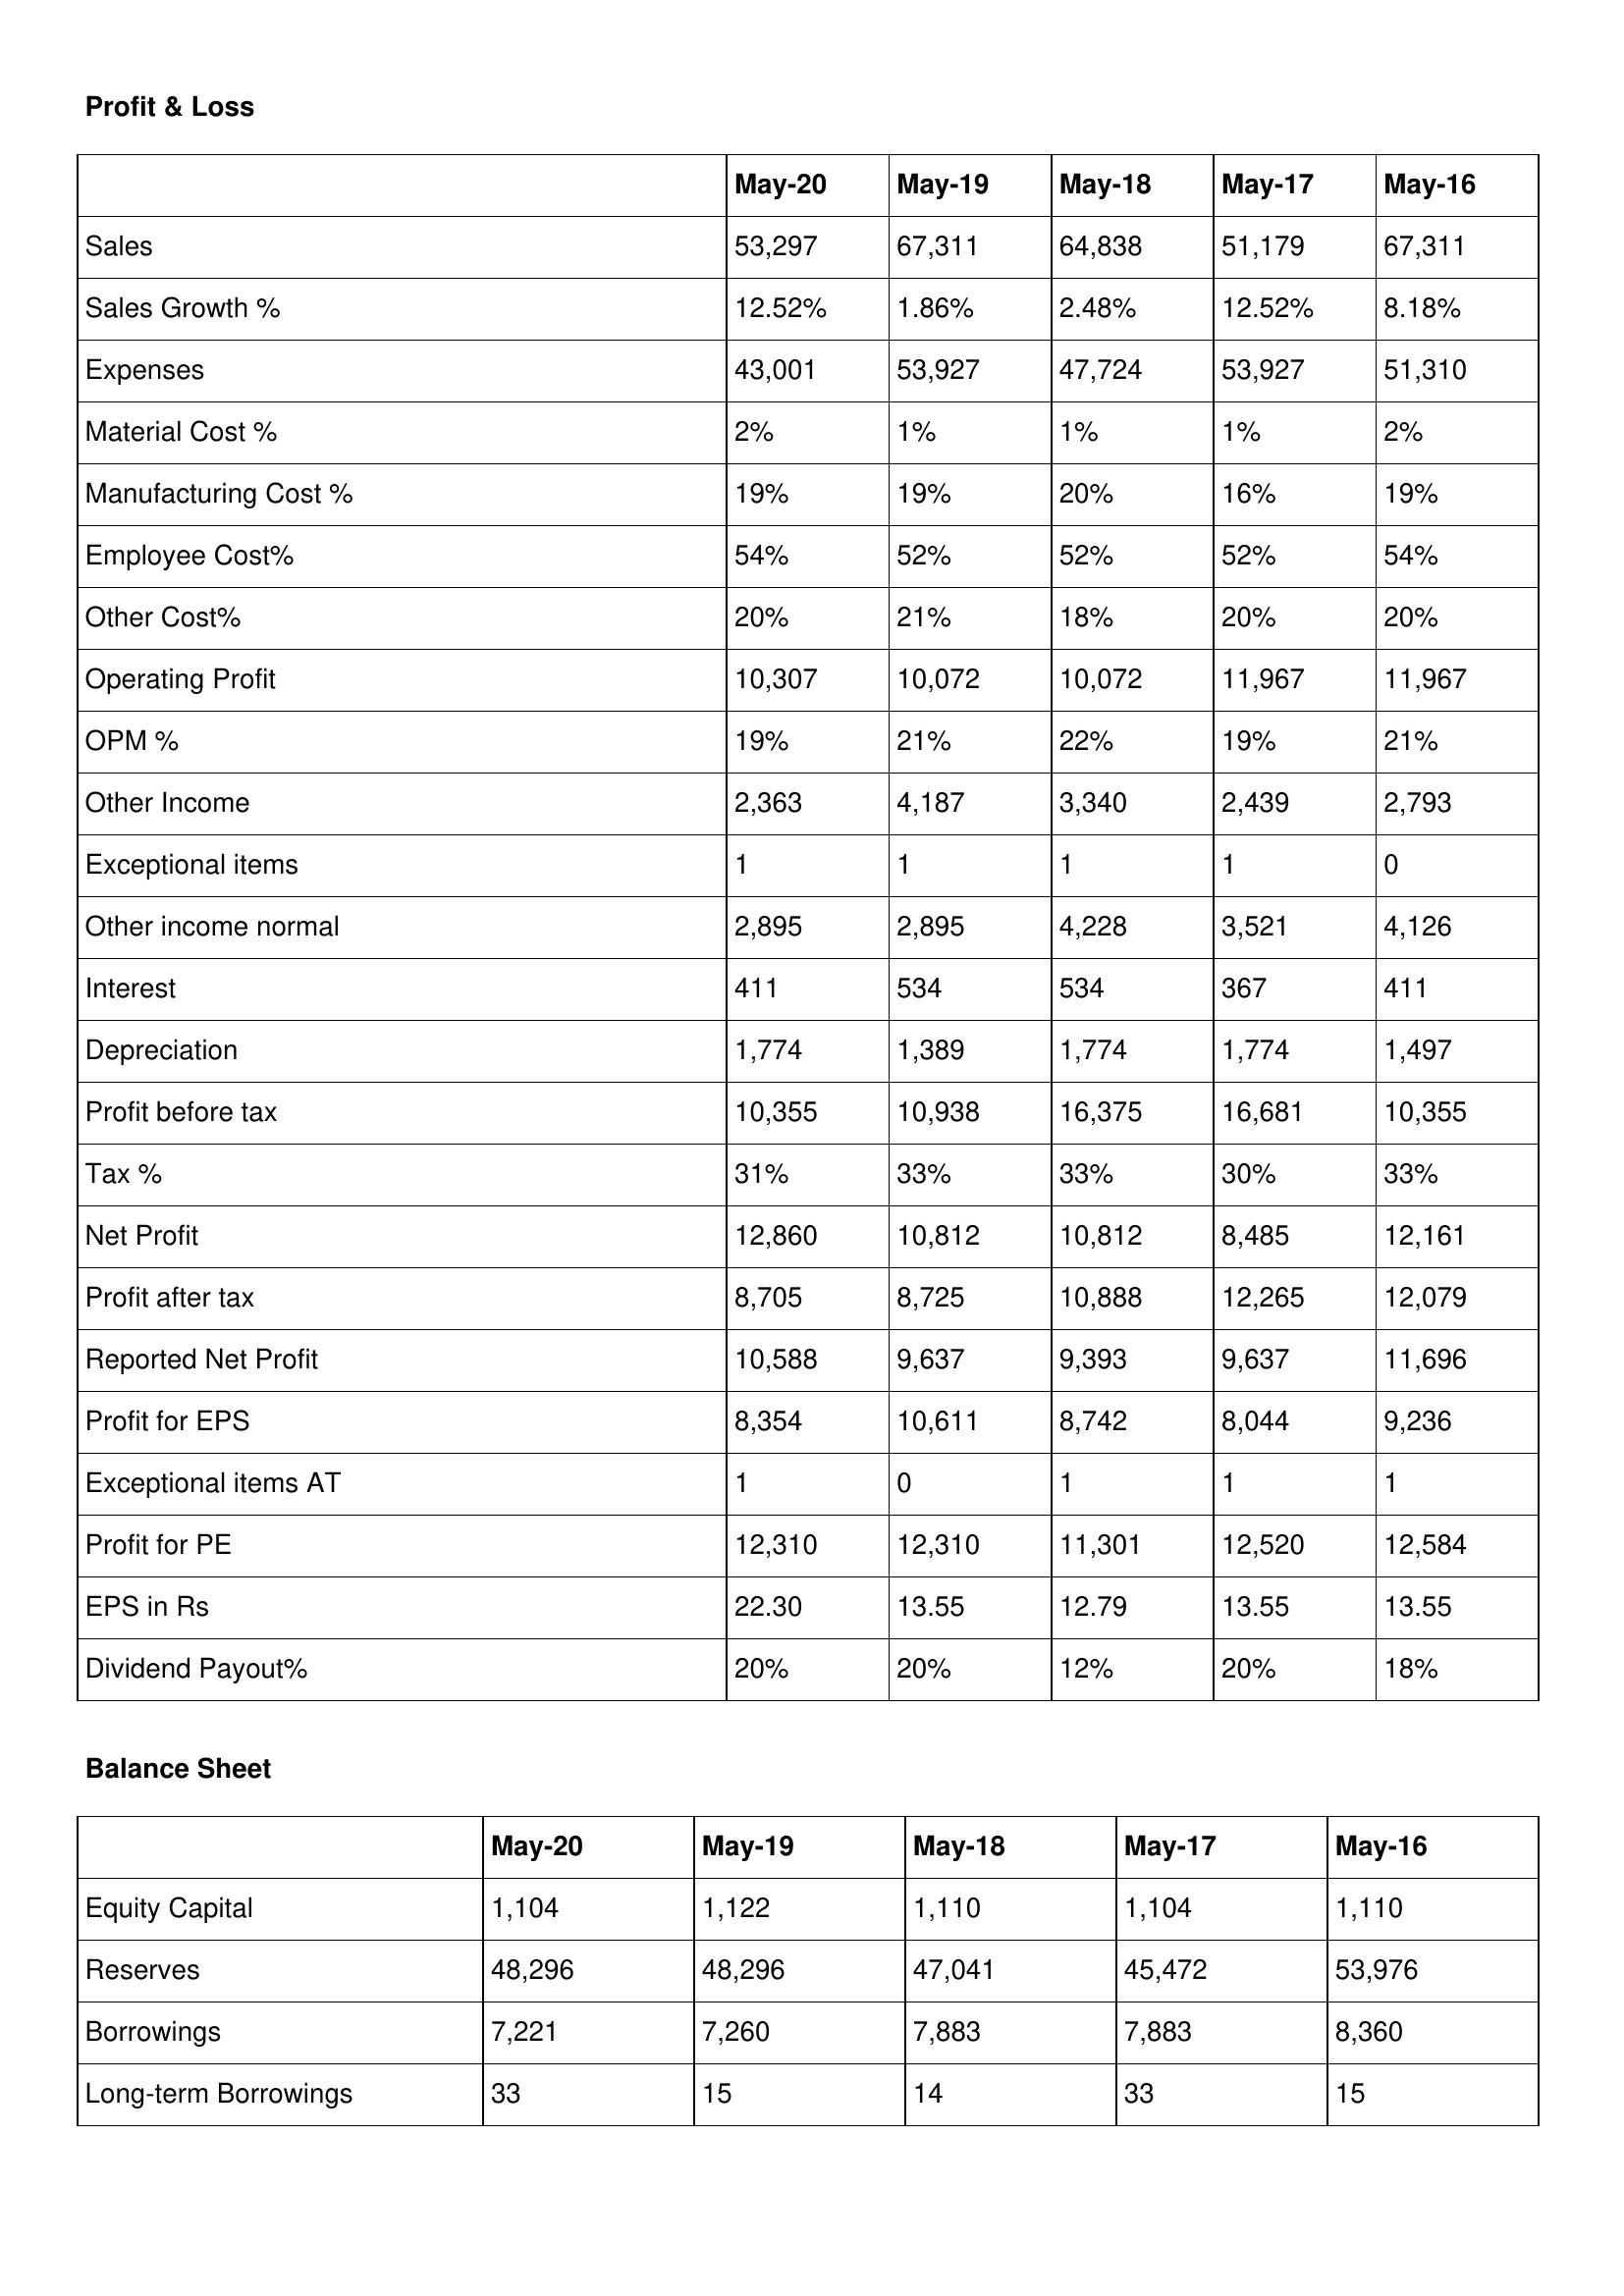
gt_parse: May-20: Profit & Loss: Sales: 53,297
Sales Growth %: 12.52%
Expenses: 43,001
Material Cost %: 2%
Manufacturing Cost %: 19%
Employee Cost%: 54%
Other Cost%: 20%
Operating Profit: 10,307
OPM %: 19%
Other Income: 2,363
Exceptional items: 1
Other income normal: 2,895
Interest: 411
Depreciation: 1,774
Profit before tax: 10,355
Tax %: 31%
Net Profit: 12,860
Profit after tax: 8,705
Reported Net Profit: 10,588
Profit for EPS: 8,354
Exceptional items AT: 1
Profit for PE: 12,310
EPS in Rs: 22.30
Dividend Payout%: 20%
Balance Sheet: Equity Capital: 1,104
Reserves: 48,296
Borrowings: 7,221
Long-term Borrowings: 33
May-19: Profit & Loss: Sales: 67,311
Sales Growth %: 1.86%
Expenses: 53,927
Material Cost %: 1%
Manufacturing Cost %: 19%
Employee Cost%: 52%
Other Cost%: 21%
Operating Profit: 10,072
OPM %: 21%
Other Income: 4,187
Exceptional items: 1
Other income normal: 2,895
Interest: 534
Depreciation: 1,389
Profit before tax: 10,938
Tax %: 33%
Net Profit: 10,812
Profit after tax: 8,725
Reported Net Profit: 9,637
Profit for EPS: 10,611
Exceptional items AT: 0
Profit for PE: 12,310
EPS in Rs: 13.55
Dividend Payout%: 20%
Balance Sheet: Equity Capital: 1,122
Reserves: 48,296
Borrowings: 7,260
Long-term Borrowings: 15
May-18: Profit & Loss: Sales: 64,838
Sales Growth %: 2.48%
Expenses: 47,724
Material Cost %: 1%
Manufacturing Cost %: 20%
Employee Cost%: 52%
Other Cost%: 18%
Operating Profit: 10,072
OPM %: 22%
Other Income: 3,340
Exceptional items: 1
Other income normal: 4,228
Interest: 534
Depreciation: 1,774
Profit before tax: 16,375
Tax %: 33%
Net Profit: 10,812
Profit after tax: 10,888
Reported Net Profit: 9,393
Profit for EPS: 8,742
Exceptional items AT: 1
Profit for PE: 11,301
EPS in Rs: 12.79
Dividend Payout%: 12%
Balance Sheet: Equity Capital: 1,110
Reserves: 47,041
Borrowings: 7,883
Long-term Borrowings: 14
May-17: Profit & Loss: Sales: 51,179
Sales Growth %: 12.52%
Expenses: 53,927
Material Cost %: 1%
Manufacturing Cost %: 16%
Employee Cost%: 52%
Other Cost%: 20%
Operating Profit: 11,967
OPM %: 19%
Other Income: 2,439
Exceptional items: 1
Other income normal: 3,521
Interest: 367
Depreciation: 1,774
Profit before tax: 16,681
Tax %: 30%
Net Profit: 8,485
Profit after tax: 12,265
Reported Net Profit: 9,637
Profit for EPS: 8,044
Exceptional items AT: 1
Profit for PE: 12,520
EPS in Rs: 13.55
Dividend Payout%: 20%
Balance Sheet: Equity Capital: 1,104
Reserves: 45,472
Borrowings: 7,883
Long-term Borrowings: 33
May-16: Profit & Loss: Sales: 67,311
Sales Growth %: 8.18%
Expenses: 51,310
Material Cost %: 2%
Manufacturing Cost %: 19%
Employee Cost%: 54%
Other Cost%: 20%
Operating Profit: 11,967
OPM %: 21%
Other Income: 2,793
Exceptional items: 0
Other income normal: 4,126
Interest: 411
Depreciation: 1,497
Profit before tax: 10,355
Tax %: 33%
Net Profit: 12,161
Profit after tax: 12,079
Reported Net Profit: 11,696
Profit for EPS: 9,236
Exceptional items AT: 1
Profit for PE: 12,584
EPS in Rs: 13.55
Dividend Payout%: 18%
Balance Sheet: Equity Capital: 1,110
Reserves: 53,976
Borrowings: 8,360
Long-term Borrowings: 15